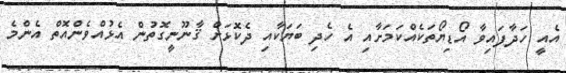
އެއީ ހަދާފައިވާ އޯޑިޔޯތަކެއްކަމަށާއި އެ ހެދި ބަޔަކާއި ދެކޮޅަށް ޤާނޫނީގޮތުން އެޅުއްވެންއޮތް އެންމެ